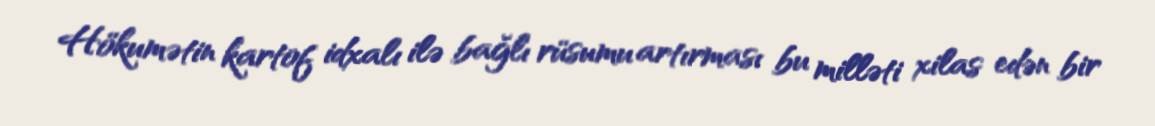
Hökumətin kartof idxalı ilə bağlı rüsumu artırması bu milləti xilas edən bir